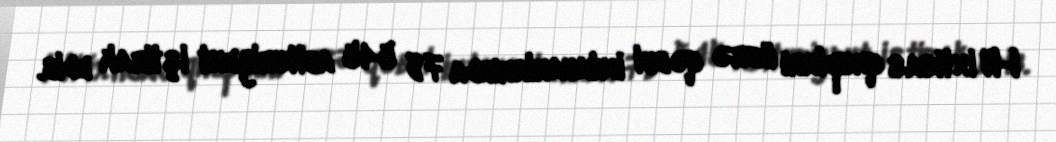
I-IV ixtisas qrupları üzrə qəbul imtahanlarında 78 545 abituriyent iştirak edib.